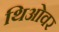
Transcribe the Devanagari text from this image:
थिओवर